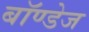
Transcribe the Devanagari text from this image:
बॉण्डेज